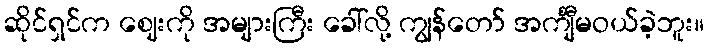
ဆိုင်ရှင်က ဈေးကို အများကြီး ခေါ်လို့ ကျွန်တော် အင်္ကျီမဝယ်ခဲ့ဘူး။